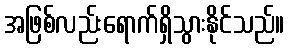
အဖြစ်လည်းရောက်ရှိသွားနိုင်သည်။